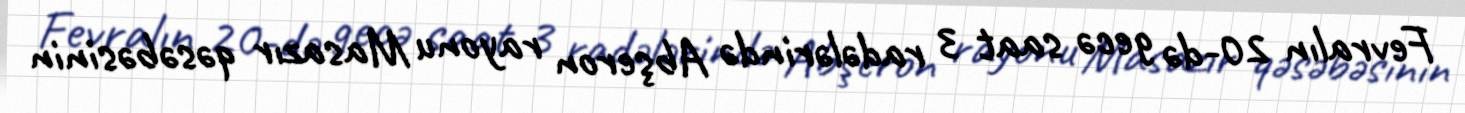
Fevralın 20-də gecə saat 3 radələrində Abşeron rayonu Masazır qəsəbəsinin